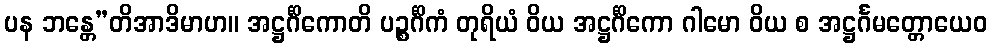
ပန ဘန္တေ”တိအာဒိမာဟ။ အဋ္ဌင်္ဂိကောတိ ပဉ္စင်္ဂိကံ တုရိယံ ဝိယ အဋ္ဌင်္ဂိကော ဂါမော ဝိယ စ အဋ္ဌင်္ဂမတ္တောယေဝ